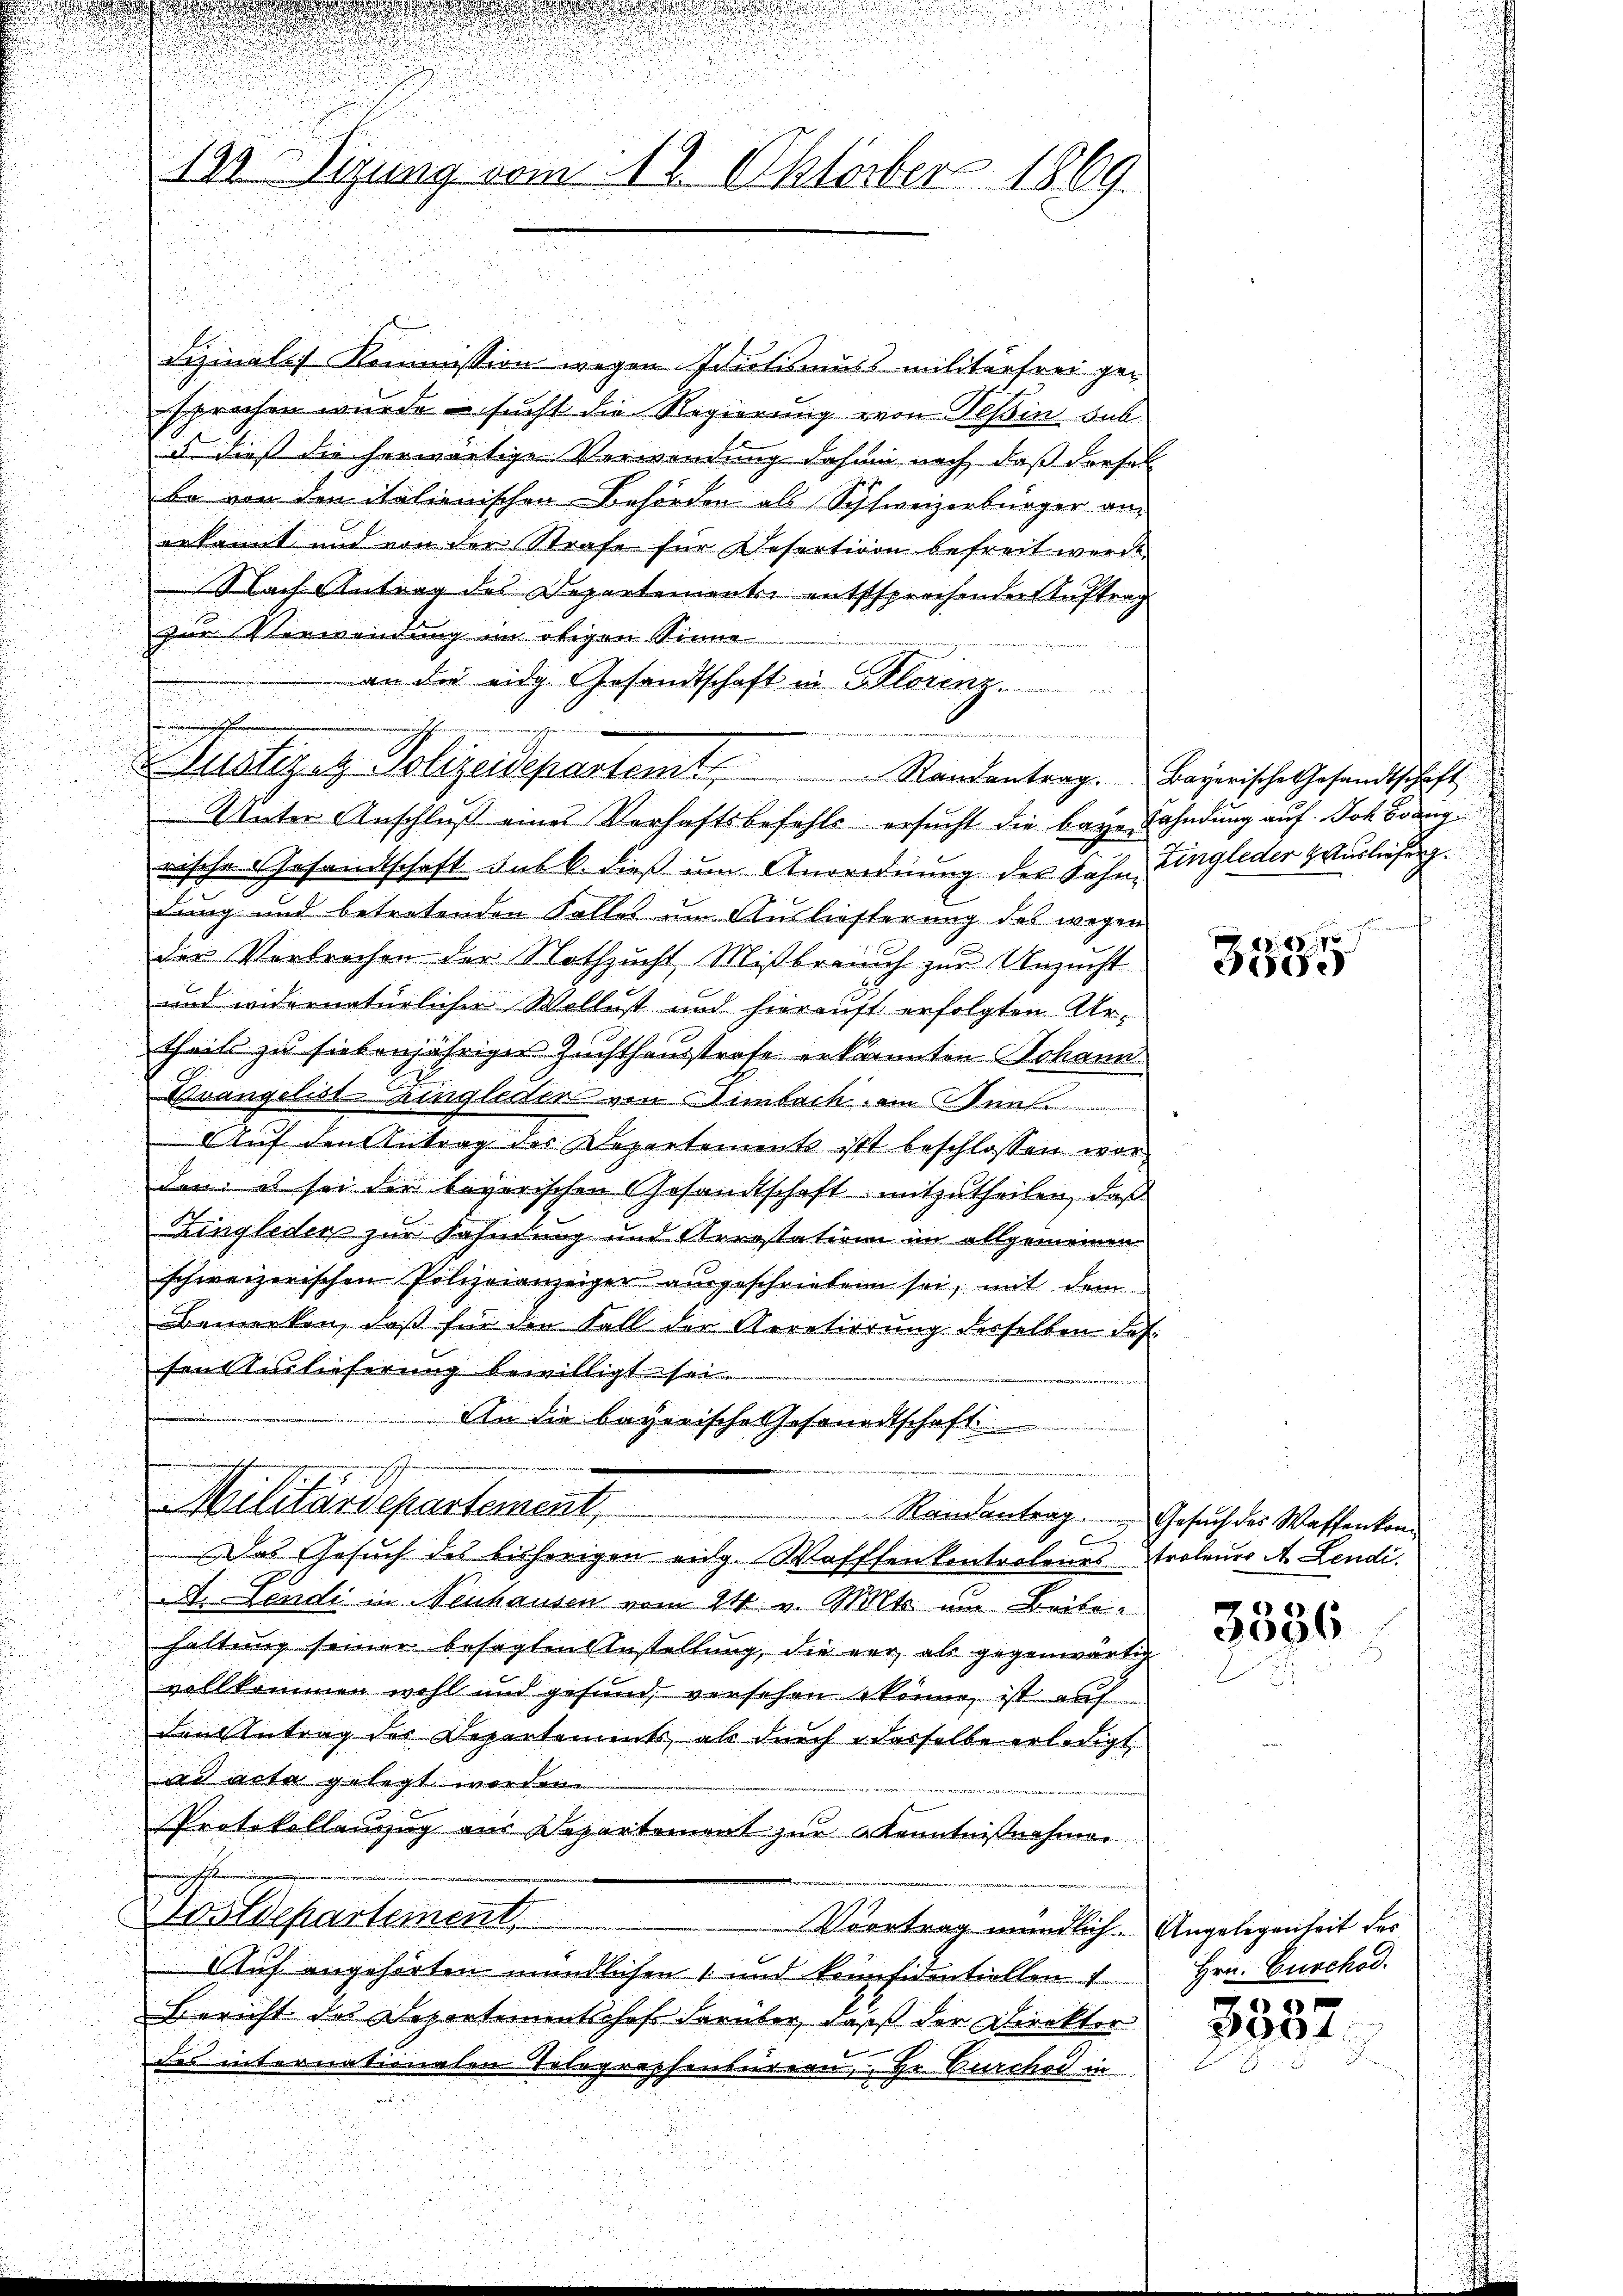
123. Sizung vom 12. Oktober 1869.

Lizinals Kommission wegen Idiotismus militärfrei gesprochen wurde – sucht die Regierung von Tessin sub.
es dieß die herwärtige Verwendung dahin noch, daß dersel
be von den italienischen Behörder als Schweizerbürger anerkannt und von der Strafe für Desertion befreit werde
Nach Antrag des Departementer entssprechender Auftrag
zur Verwendung im obigen Sinne
an der eidg. Gesandtschaft in Florenz.
Unter Anschluß eines Verhaftsbefehls ersucht die baye Fahndung auf Joh. Brang
rische Gesandtschaft sub b. dieß um Anordnung des Sohn Eingleder Wurlieferg
dung und betretenden Falles um Auslieferung des wegen
der Verbrechen der Nothzucht Mißbrauch zur Unzucht
und widernatürlicher Wollust und hierauft erfolgten Artheils zu siebenjähriger Zuchthausstrafe erkannten Johann
Evangelist hingleden von Dimbach am San
Auf den Antrag der Departements ist beschlossen worden; es sei der begerischen Gesandtschaft mitzutheilen, daß
Zingleder zur Fahndung und Arrestation im allgemeinen
schweizerischen Polizeianzeigen ausgeschrieben sei, mit dem
Bemerken, daß für den Fall der Arretierung derselben Jos.
sen Auslieferung bewilligt sei.
An die bayerische Gesandtschaft
e
Militärdepartement,
Randantrag. Gesuch des Waffenkom¬
A
Das Gesuch des bisherigen eidg. Waffenkontroleurs Proleurs A. Lendi.
A.Lendi in Neuhausen vom 24. v. Mts. um Beiben
haltung seiner besagten Anstellung, die war als gegenwärtig
vollkommen wohl und gesund, versehen könne, ist auf
den Antrag der Departements, als durch dasselbe erledigt
ad acta gelegt werden.
Protokollauszug aus Departement zur Kenntnißnahmen
Waldepartement.
Vortrag mündlich. Angelegenheit des
Cluf angehörten mündlichen 1 und konfidentiellen 1
Bericht des Departementschofe darüber, daß der Direktor
des internationalen Telegraphenbürern, Hr. Durchor in
m

i
Justizen Polizeidepartem Randantrag. Bayerische Gesandtschaft,

de

3385

3036

Hrn. Curchod.

3587